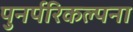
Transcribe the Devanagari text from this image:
पुनर्परिकल्पना